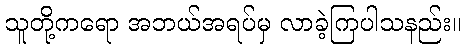
သူတို့ကရော အဘယ်အရပ်မှ လာခဲ့ကြပါသနည်း။